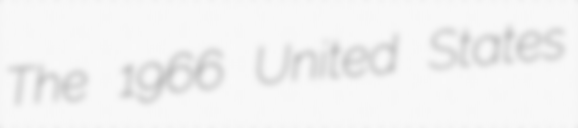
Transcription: The 1966 United States